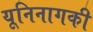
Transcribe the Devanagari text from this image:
यूनिनागकी